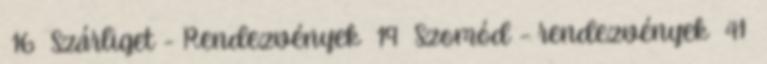
16 Szárliget - Rendezvények 19 Szomód - rendezvények 41